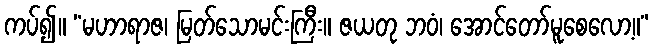
ကပ်၍။ “မဟာရာဇ၊ မြတ်သောမင်းကြီး။ ဇယတု ဘဝံ၊ အောင်တော်မူစေလော့။”